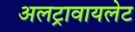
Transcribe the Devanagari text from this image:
अलट्रावायलेट